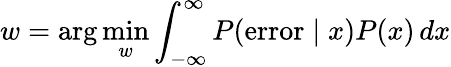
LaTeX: w=\arg\operatorname*{min}_{w}\int_{-\infty}^{\infty}P({\mathrm{error}}\mid x)P(x)\, dx